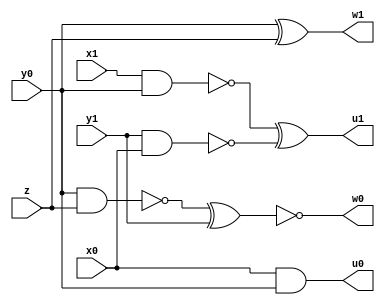
module top(x0, x1, y1, y0, z, u0, u1, w0, w1);
input x0, x1, y1, y0, z;
output u0, u1, w0, w1;
wire na, a, b, ne, e, d, na0, nb1, nb;

and ( u0, x0, y0 );
xor ( u1, na, nb );
not ( w0, d );
xor ( w1, y0, z );
and ( a, x1, y0 );
not ( na, a);
and ( b, y1, x0 );
not ( nb, b );
and ( e, y0, z);
not ( ne, e );
xor ( d, ne, y1);
endmodule